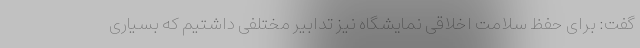
گفت: برای حفظ سلامت اخلاقی نمایشگاه نیز تدابیر مختلفی داشتیم که بسیاری